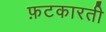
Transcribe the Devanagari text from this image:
फ़टकारती